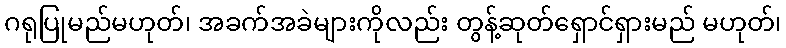
ဂရုပြုမည်မဟုတ်၊ အခက်အခဲများကိုလည်း တွန့်ဆုတ်ရှောင်ရှားမည် မဟုတ်၊